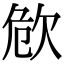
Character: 𣢪